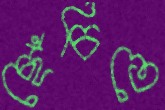
ছেঁচিতে